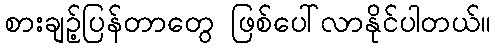
စားချဉ့်ပြန်တာတွေ ဖြစ်ပေါ်လာနိုင်ပါတယ်။